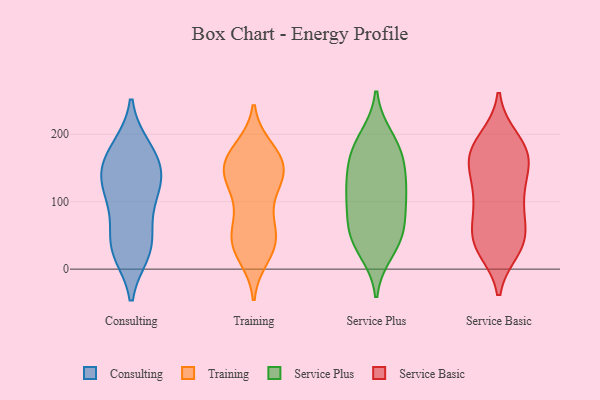
{"axis": {"x": "Conversion Rate (%)", "y": "Value"}, "legend": ["Consulting", "Service Basic", "Service Plus", "Training"], "data": [{"x": "", "y": 25, "type": "Consulting"}, {"x": "", "y": 177, "type": "Consulting"}, {"x": "", "y": 137, "type": "Consulting"}, {"x": "", "y": 130, "type": "Consulting"}, {"x": "", "y": 180, "type": "Consulting"}, {"x": "", "y": 138, "type": "Consulting"}, {"x": "", "y": 169, "type": "Consulting"}, {"x": "", "y": 95, "type": "Consulting"}, {"x": "", "y": 114, "type": "Consulting"}, {"x": "", "y": 143, "type": "Consulting"}, {"x": "", "y": 34, "type": "Consulting"}, {"x": "", "y": 75, "type": "Consulting"}, {"x": "", "y": 33, "type": "Consulting"}, {"x": "", "y": 30, "type": "Consulting"}, {"x": "", "y": 40, "type": "Training"}, {"x": "", "y": 161, "type": "Training"}, {"x": "", "y": 149, "type": "Training"}, {"x": "", "y": 69, "type": "Training"}, {"x": "", "y": 41, "type": "Training"}, {"x": "", "y": 36, "type": "Training"}, {"x": "", "y": 118, "type": "Training"}, {"x": "", "y": 99, "type": "Training"}, {"x": "", "y": 20, "type": "Training"}, {"x": "", "y": 160, "type": "Training"}, {"x": "", "y": 133, "type": "Training"}, {"x": "", "y": 58, "type": "Training"}, {"x": "", "y": 140, "type": "Training"}, {"x": "", "y": 36, "type": "Training"}, {"x": "", "y": 158, "type": "Training"}, {"x": "", "y": 172, "type": "Training"}, {"x": "", "y": 136, "type": "Training"}, {"x": "", "y": 177, "type": "Training"}, {"x": "", "y": 28, "type": "Service Plus"}, {"x": "", "y": 154, "type": "Service Plus"}, {"x": "", "y": 152, "type": "Service Plus"}, {"x": "", "y": 63, "type": "Service Plus"}, {"x": "", "y": 45, "type": "Service Plus"}, {"x": "", "y": 45, "type": "Service Plus"}, {"x": "", "y": 107, "type": "Service Plus"}, {"x": "", "y": 194, "type": "Service Plus"}, {"x": "", "y": 179, "type": "Service Plus"}, {"x": "", "y": 112, "type": "Service Plus"}, {"x": "", "y": 63, "type": "Service Plus"}, {"x": "", "y": 105, "type": "Service Plus"}, {"x": "", "y": 120, "type": "Service Plus"}, {"x": "", "y": 178, "type": "Service Plus"}, {"x": "", "y": 151, "type": "Service Basic"}, {"x": "", "y": 37, "type": "Service Basic"}, {"x": "", "y": 192, "type": "Service Basic"}, {"x": "", "y": 31, "type": "Service Basic"}, {"x": "", "y": 48, "type": "Service Basic"}, {"x": "", "y": 41, "type": "Service Basic"}, {"x": "", "y": 43, "type": "Service Basic"}, {"x": "", "y": 149, "type": "Service Basic"}, {"x": "", "y": 108, "type": "Service Basic"}, {"x": "", "y": 93, "type": "Service Basic"}, {"x": "", "y": 175, "type": "Service Basic"}, {"x": "", "y": 177, "type": "Service Basic"}, {"x": "", "y": 154, "type": "Service Basic"}, {"x": "", "y": 104, "type": "Service Basic"}, {"x": "", "y": 165, "type": "Service Basic"}, {"x": "", "y": 49, "type": "Service Basic"}, {"x": "", "y": 183, "type": "Service Basic"}, {"x": "", "y": 99, "type": "Service Basic"}]}